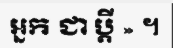
អ្នក ជា ប្តី » ។